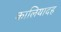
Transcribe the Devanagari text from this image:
कालियादह